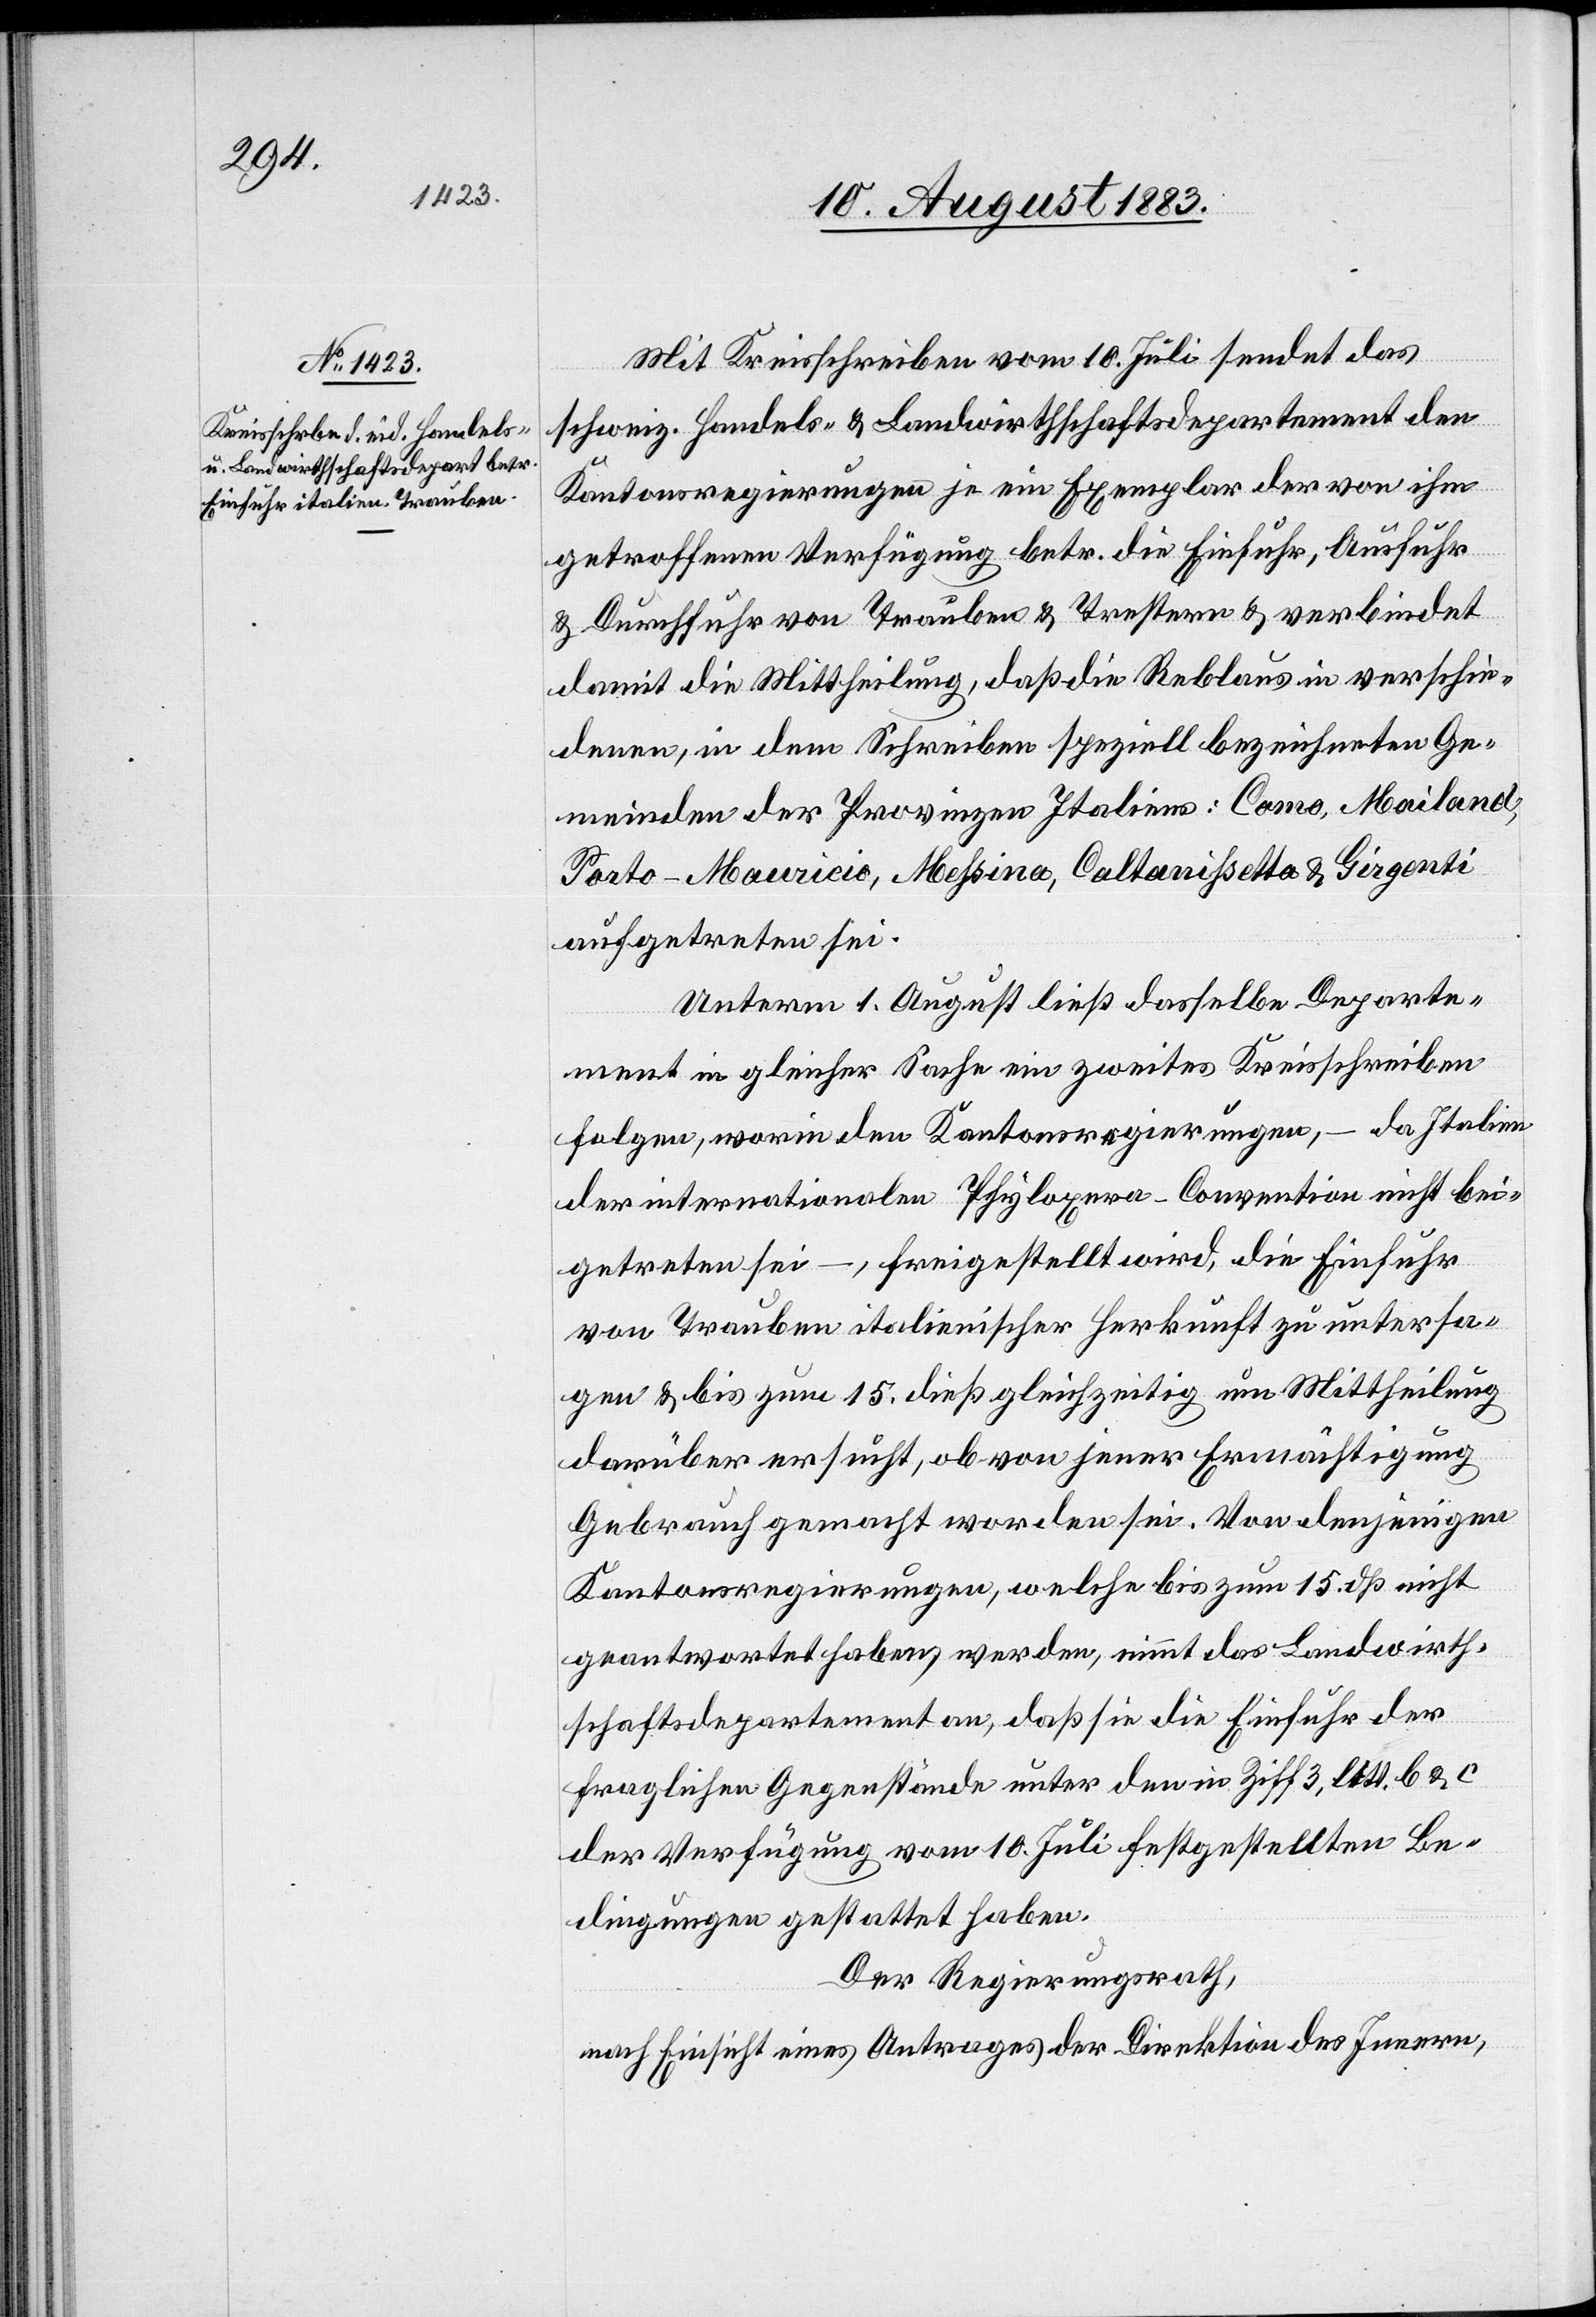
Mit Kreisschreiben vom 10. Juli sendet das
schweiz. Handels- & Landwirthschaftsdepartement den
Kantonsregierungen je ein Exemplar der von ihm
getroffenen Verfügung betr. die Einfuhr, Ausfuhr
& Durchfuhr von Trauben & Trestern & verbindet
damit die Mittheilung, daß die Reblaus in verschie¬
denen, in dem Schreiben speziell bezeichneten Ge¬
meinden der Provinzen Italiens: Como, Mailand,
Porto-Mauricio, Meßina, Caltanißetta, & Gironti
aufgetreten sei.
Unterm 1. August ließ dasselbe Departe¬
ment in gleicher Sache ein zweites Kreisschreiben
folgen, worin den Kantonsregierungen, – da Italien
der internationalen Philoxera-Convention nicht bei¬
getreten sei –, freigestellt wird, die Einfuhr
von Trauben italienischer Herkunft zu untersa¬
gen & bis zum 15. dieß gleichzeitig um Mittheilung
darüber ersucht, ob von jener Ermächtigung
Gebrauch gemacht worden sei. Von denjenigen
Kantonsregierungen, welche bis zum 15. dß. nicht
geantwortet haben werden, nimmt das Landwirth¬
schaftsdepartement an, daß sie die Einfuhr der
fraglichen Gegenstände unter den in Ziff. 2, Litt. b & c
der Verfügung vom 10. Juli festgestellten Be¬
dingungen gestattet haben.
Der Regierungsrath,
nach Einsicht eines Antrages der Direktion des Innern,